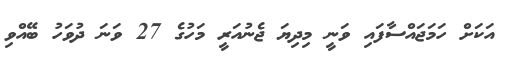
އަކަށް ހަމަޖައްސާފައި ވަނީ މިދިޔަ ޖެނުއަރީ މަހުގެ 27 ވަނަ ދުވަހު ބޭއްވި